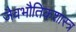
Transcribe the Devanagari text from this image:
जैवभौतिकशास्त्र